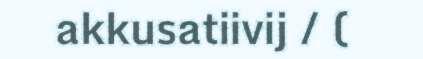
akkusatiivij / (